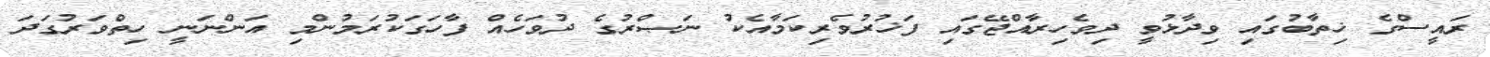
ރައީސްގެ ޚިތާބުގައި ވިދާޅުވީ ދިވެހިރާއްޖޭގައި ފަޚުރުވެރިކަމާއެކު ނަޞްރުގެ ދުވަހެއް ފާހަގަކުރަމުންމި އަންނަނީ ހިތްވަރުގަދަ